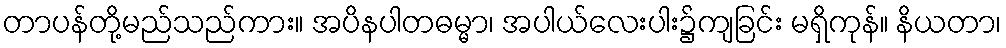
တာပန်တို့မည်သည်ကား။ အပိနပါတဓမ္မာ၊ အပါယ်လေးပါး၌ကျခြင်း မရှိကုန်။ နိယတာ၊